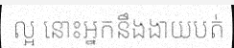
ល្អ នោះអ្នកនឹងងាយបត់